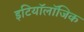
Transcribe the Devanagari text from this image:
इटियॉलॉजिक